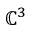
\mathbb { C } ^ { 3 }